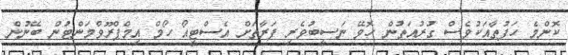
ކޮންމެ ހަފުތާއަކުވެސް ގުރުއަތުން ހޮވޭ ނަސީބުވެރި ފަރާތަށް އެސްޓީއޯ ހޯމް އިމްޕްރޫވްމަންޓުން ބޭނުން